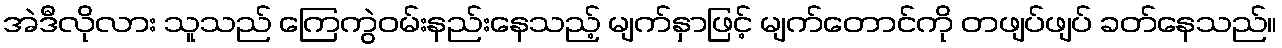
အဲဒီလိုလား သူသည် ကြေကွဲဝမ်းနည်းနေသည့် မျက်နှာဖြင့် မျက်တောင်ကို တဖျပ်ဖျပ် ခတ်နေသည်။